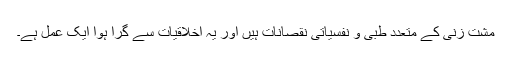
مشت زنی کے متعدد طبی و نفسیاتی نقصانات ہیں اور یہ اخلاقیات سے گرا ہوا ایک عمل ہے۔